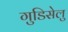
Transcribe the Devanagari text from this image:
गुडिसेलु